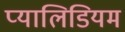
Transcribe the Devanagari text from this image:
प्यालिडियम